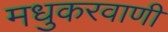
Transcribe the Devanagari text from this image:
मधुकरवाणी